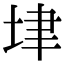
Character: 垏